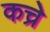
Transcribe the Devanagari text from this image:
कच्रे